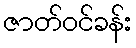
ဇာတ်ဝင်ခန်း